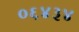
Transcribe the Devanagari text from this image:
०६४३४